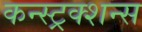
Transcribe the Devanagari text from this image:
कन्स्ट्रक्शन्स